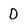
Character: D